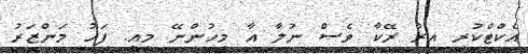
އެކްޓްކުރި އިރު ރޭކާ ވެސް ނުލާ އާ މީހުންނޭ މިއީ. ފަހު މަންޒަރު